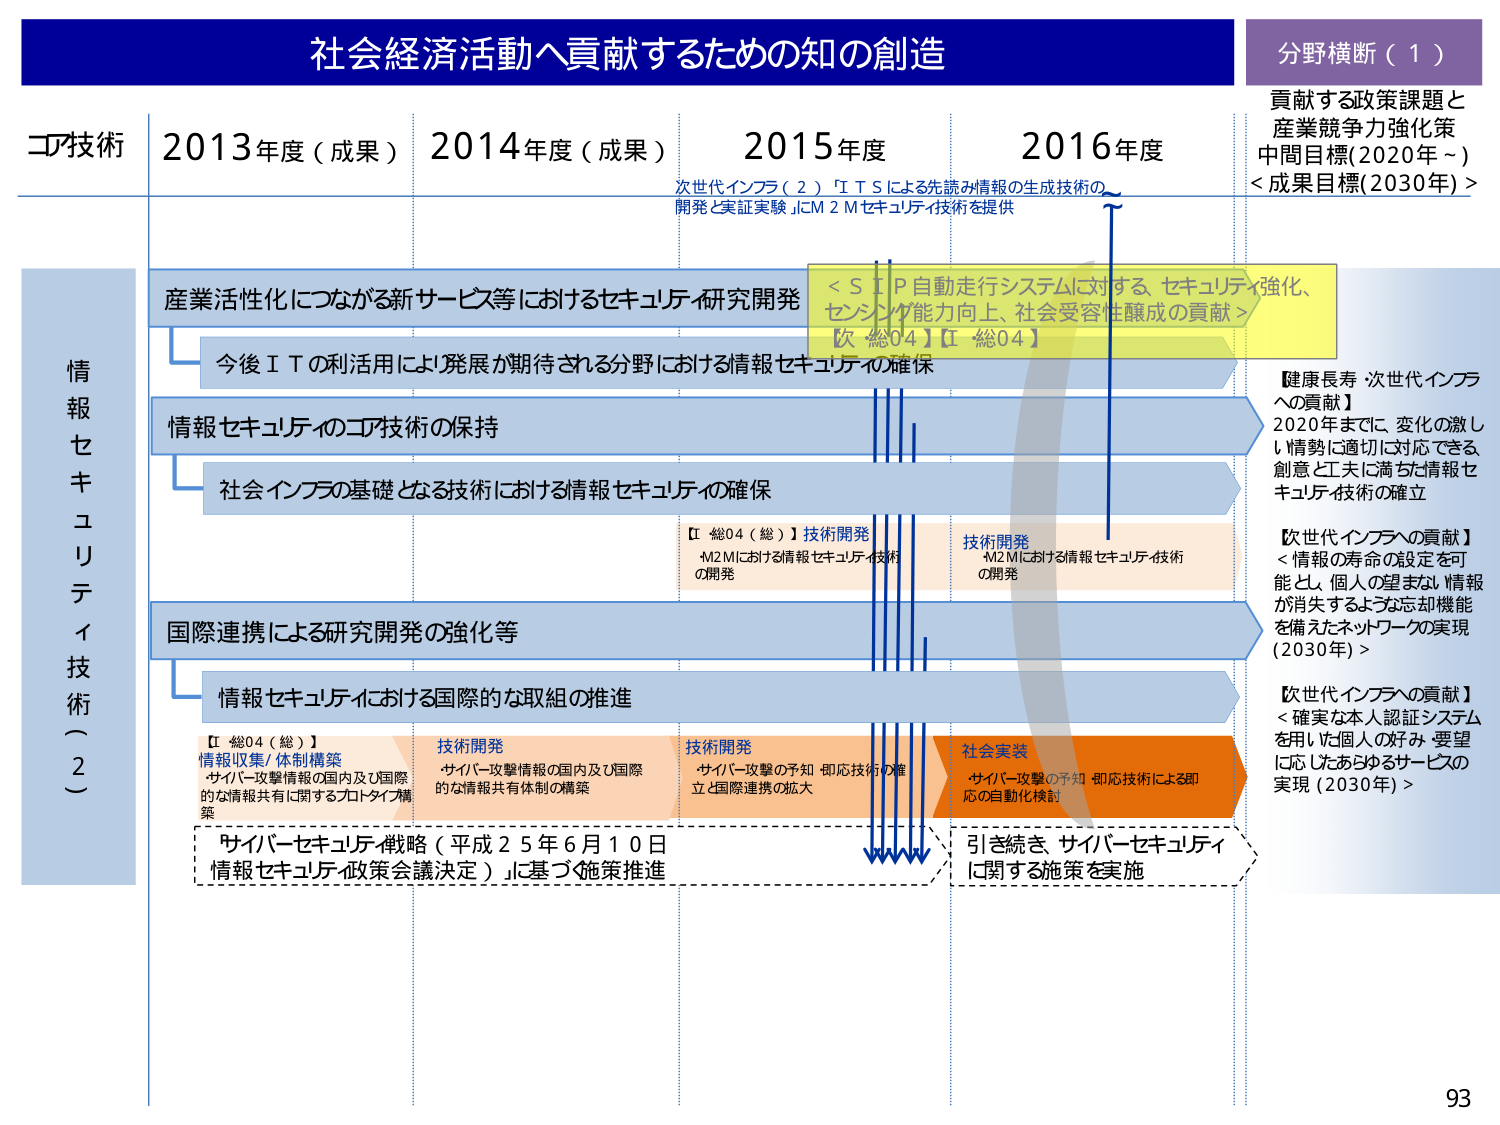
社会経済活動へ貢献するための知の創造

分野横断（１）
貢献する政策課題と
産業競争力強化策
中間目標（2020年～）
＜成果目標（2030年）＞

コア技術
2013年度（成果）
2014年度（成果）
2015年度
2016年度

次世代インフラ（２）「ＩＴＳによる先読み情報の生成技術の
開発と実証実験」にＭ２Ｍセキュリティ技術を提供

情報セキュリティ技術（２）

産業活性化につながる新サービス等におけるセキュリティ研究開発
＜ＳＩＰ自動走行システムに対する、セキュリティ強化、
センシング能力向上、社会受容性醸成の貢献＞
【次 総04】【Ⅰ 総04】

今後ＩＴの利活用により発展が期待される分野における情報セキュリティの確保

情報セキュリティのコア技術の保持

社会インフラの基礎となる技術における情報セキュリティの確保

【Ⅰ 総04（総）】技術開発
・M2Mにおける情報セキュリティ技術
の開発

技術開発
・M2Mにおける情報セキュリティ技術
の開発

【健康長寿 次世代インフラ
への貢献】
2020年までに、変化の激し
い情勢に適切に対応できる
創意と工夫に満ちた情報セ
キュリティ技術の確立

【次世代インフラへの貢献】
＜情報の寿命の設定を可
能とし、個人の望まない情報
が消失するような忘却機能
を備えたネットワークの実現
（2030年）＞

【次世代インフラへの貢献】
＜確実な本人認証システム
を用いた個人の好み・要望
に応じたあらゆるサービスの
実現（2030年）＞

国際連携による研究開発の強化等

情報セキュリティにおける国際的な取組の推進

【Ⅰ 総04（総）】
情報収集/体制構築
・サイバー攻撃情報の国内及び国際
的な情報共有に関するプロトタイプ構
築

技術開発
・サイバー攻撃情報の国内及び国際
的な情報共有体制の構築

技術開発
・サイバー攻撃の予知・即応技術の確
立と国際連携の拡大

社会実装
・サイバー攻撃の予知・即応技術による即
応の自動化検討

「サイバーセキュリティ戦略（平成25年6月10日
情報セキュリティ政策会議決定）」に基づく施策推進

引き続き、サイバーセキュリティ
に関する施策を実施

93